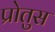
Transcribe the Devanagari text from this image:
प्रोतुस